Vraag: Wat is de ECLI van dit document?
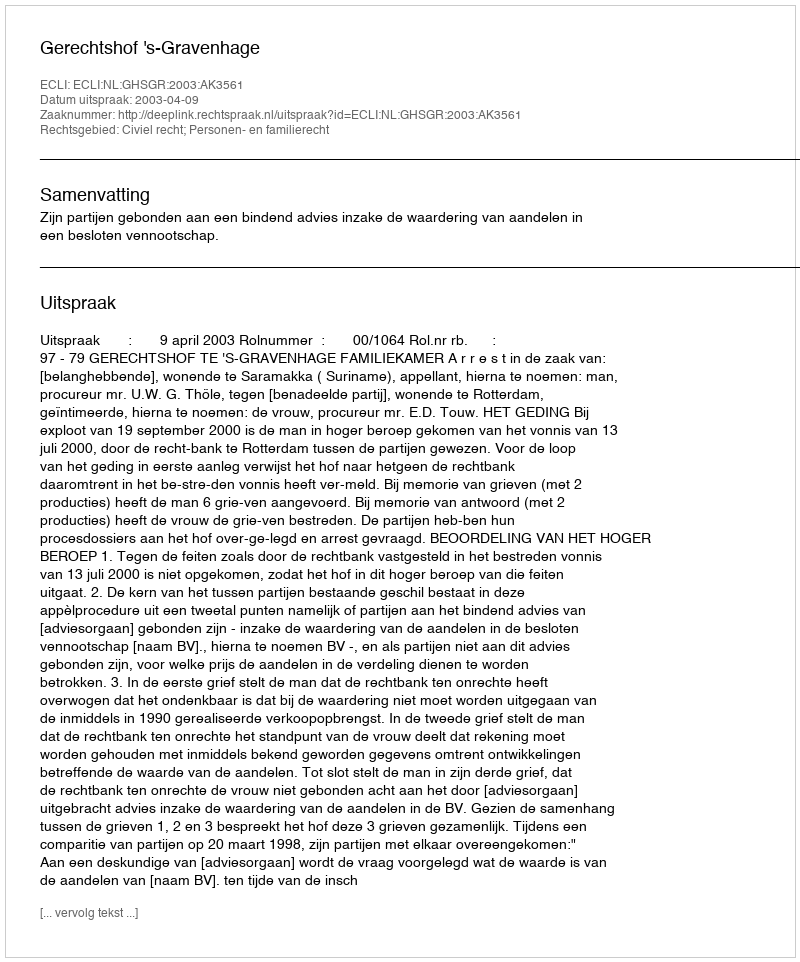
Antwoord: ECLI:NL:GHSGR:2003:AK3561